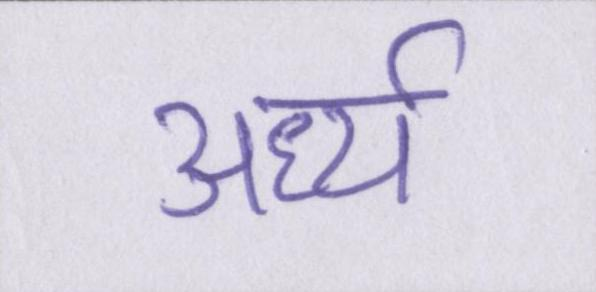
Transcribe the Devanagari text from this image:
अर्ध्य